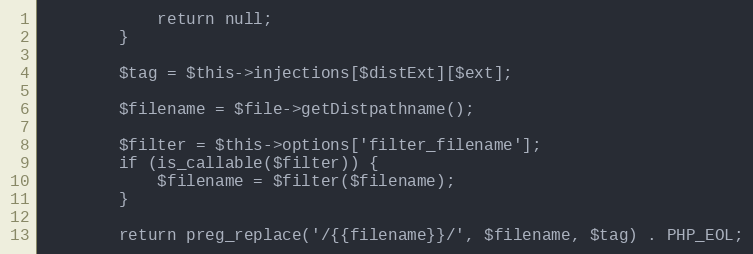
Language: PHP
            return null;
        }

        $tag = $this->injections[$distExt][$ext];

        $filename = $file->getDistpathname();

        $filter = $this->options['filter_filename'];
        if (is_callable($filter)) {
            $filename = $filter($filename);
        }

        return preg_replace('/{{filename}}/', $filename, $tag) . PHP_EOL;